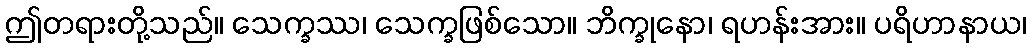
ဤတရားတို့သည်။ သေက္ခဿ၊ သေက္ခဖြစ်သော။ ဘိက္ခုနော၊ ရဟန်းအား။ ပရိဟာနာယ၊